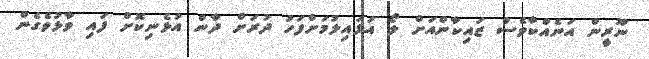
ނޫރީން އަނެއްކާވެސް ޒައިކާންއަށް ލޯ އަޅައިލުމަށްފަހު ދުރަށް ދާން އުޅެނިކޮށް ފައި ވާޅުވެގެން